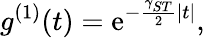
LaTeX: g^{(1)}(t)=\mathrm{e}^{-\frac{{\gamma_{ST}}}{{2}}|t|},